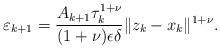
LaTeX: \begin{align*}\varepsilon_{k+1} = \frac{A_{k+1} \tau_k^{1+\nu}}{(1+\nu)\epsilon\delta} \|z_k - x_k\|^{1+\nu}.\end{align*}